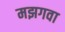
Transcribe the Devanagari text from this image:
मझगवा